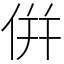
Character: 倂